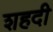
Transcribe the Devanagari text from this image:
शहदी